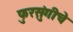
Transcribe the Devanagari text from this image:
फुरसुंगीचे